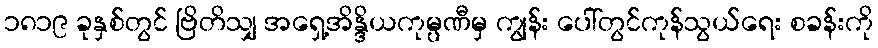
၁၈၁၉ ခုနှစ်တွင် ဗြိတိသျှ အရှေ့အိန္ဒိယကုမ္ပဏီမှ ကျွန်း ပေါ်တွင်ကုန်သွယ်ရေး စခန်းကို